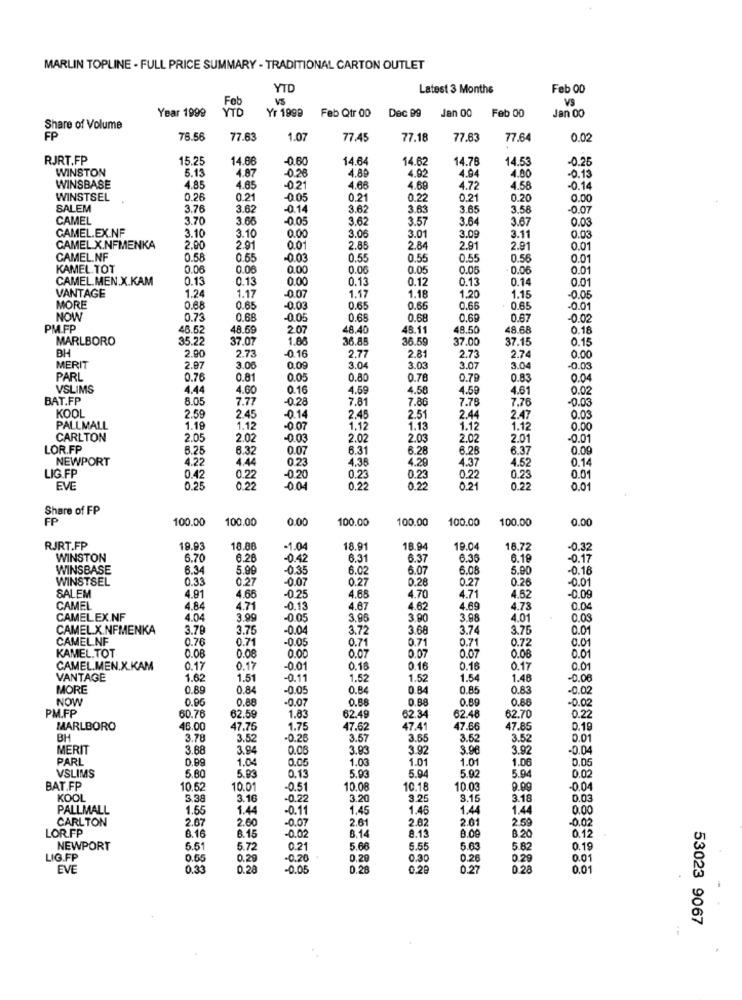
MARLIN TOPLINE - FULL PRICE SUMMARY - TRADITIONAL CARTON OUTLET
YTO
Latest 3 Months
Feb 00
Feb
VS
VS
Year 1999
YTD
Yr 1999
Feb Qtr 00
Feb 00
Jan 00
Dec 99
Jan 00
Share of Volume
FP
78.56
77.63
1.07
77.45
77.18
77.63
77.64
0.02
RJRT.FP
15.25
14.66
-0.60
14.64
14.6
14.78
14.53
-0.26
WINSTON
5.13
4.87
-0.28
4.88
4.92
4.94
1.00
-0.13
WINSBASE
4.85
4.65
-021
4.66
4.69
4.72
4.58
-0.14
WINSTSEL
0.26
0.21
-0.05
0.2
0.22
0.21
0.20
0.00
SALEM
3.76
3.62
-0.14
3.62
3.63
3.65
3.58
-0.07
CAMEL
3.70
3.66
-0.05
3.62
3.57
3.64
3.67
0.03
CAMEL.EX.NF
3.10
3.06
3.10
0.00
3.01
3.09
3.11
0.03
CAMEL.X.NFMENKA
2.00
2.91
0.01
2.85
2.84
2.91
2.91
0.01
CAMEL.NF
0.58
0.55
-0.03
0.55
0,55
0.55
0.56
0.01
KAMEL.TOT
0.06
0.06
0.00
0.00
0.05
0.06
0.06
0.01
CAMEL.MEN.X.KAM
0.13
0.13
0.00
0.13
0.12
0.13
0.14
0.01
VANTAGE
1.24
1.17
1.18
1.17
-0.07
1.20
1.15
-0.05
MORE
0.68
0.65
-0.03
0.65
0.65
0.66
0.65
-0.01
NOW
0.73
0.68
-0.05
0.65
0.68
0.69
0.67
-0.02
PMFP
48.52
48.59
2.07
48.40
48.11
48.50
48.68
0.18
MARLBORO
35.2
37.07
1.88
36.85
36.59
37.00
37.15
0.15
BH
2.73
2.77
2.90
-0.16
2.81
2.73
2.74
0.00
MERIT
2.97
3.06
0.09
3.04
3.03
3.07
3.0
-0.03
PARL
0.76
0.81
0.0.
0.80
0.78
0.79
0.83
0.04
VSLIMS
4.44
4.60
0.16
4.59
4.58
4.59
4.61
0.02
BAT.FP
8.05
7.77
-0.28
7.81
7.86
7.78
7.76
-0.03
KOOL
2.59
2.45
-0.14
2.45
2.51
2.44
2.47
0.03
PALLMALL
1.19
1.12
-0.07
1.12
1.13
1.12
1.12
0.00
CARLTON
2.0
2.0
2.02
2.03
2.02
2.01
-0.01
LOR.FP
6.25
6.32
0.0
6.31
6.28
6.28
6.37
0.09
NEWPORT
4.22
4.44
0 23
4.38
4.29
4.37
4.52
0.14
LIG.FP
0.42
0.22
-0.20
0.23
0.23
0.22
0.23
0.01
EVE
0.25
0.22
-0.0
0.22
0.2
0.21
0.22
0.01
Share of FP
FP
100.00
100.00
0.00
100.00
100.00
100.00
100.00
0.00
RJRT.FP
19.93
18.88
-1.04
18.91
18.94
19.04
16.72
-0.32
WINSTON
6.70
6.28
-0.42
6.31
6.37
6.36
6.19
-0.17
WINSBASE
6.34
5.99
-0.35
6.0
6.07
6.08
5.90
-0.18
WINSTSEL
0.33
0.27
-0.07
0.27
0.28
0.27
0.26
-0.01
SALEM
4.91
4.66
-0.25
4.68
4.70
4.71
4.62
-0.09
CAMEL
4.84
4.71
-0,13
4.67
4.62
4.69
4.73
0.04
CAMELEX.NF
4.04
3.99
-0.05
3.9
3.00
3.98
4.01
0.03
CAMEL.X.NFMENKA
3.79
3.75
-0.04
3.72
3.68
3.74
3.76
0.01
CAMEL.NF
0.76
0.71
-0.05
0.71
0.71
0.71
0.72
0.01
KAMEL.TOT
0.08
0.08
0.00
0.07
0.07
0.07
0.08
0.01
CAMEL.MEN.X.KAM
0.17
0.17
-0.01
0.16
0.16
0.16
0.17
0.01
VANTAGE
1.62
1.51
-0.11
1.52
1.52
1.54
1.48
-0.06
MORE
0.89
0.84
-0.05
0.84
0.84
0.85
0.83
-0.02
NOW
0.96
0.88
-0.0
0.88
0.88
0.80
0.68
-0.02
PM.FP
60.76
62.59
1.83
62.49
62.34
62.48
62.70
0.22
MARLBORO
46.00
47.75
1.75
47.62
47.41
47.66
47.85
0.19
BH
3.78
3.52
-0.26
3.57
3.65
3.52
3.52
0.01
MERIT
3.88
3.94
0.08
3.93
3.92
3.90
3.02
-0.04
PARL
0.99
1.04
0.05
1.03
1.01
1.01
1.06
0,05
VSLIMS
5.80
5.93
0.13
5.93
5.94
5.92
5.94
0.02
BAT.FP
10.62
10.01
-0.51
10.08
10.1
10.03
9.99
-0.04
KOOL
3.38
3.16
-0.22
3.20
3.25
3.15
3.18
0.03
PALLMALL
1.55
1.44
-0.11
1.45
1.46
1.44
1.44
0.00
CARLTON
2.67
2.60
-0.0
2.61
2.82
2.01
2.59
-0.02
LOR.FP
0.16
8.15
-0.02
8.14
8.13
8.00
B 20
0.12
NEWPORT
6.51
5.72
0.21
5.66
5.55
5.63
5.82
0.19
LIG.FP
0.55
0.29
-0.20
0.29
0.30
0.26
0.29
0.01
EVE
0.33
0.28
-0.0
D.28
0.28
0.27
0 28
0.01
53023 9067